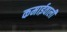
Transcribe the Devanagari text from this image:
कमाईवाली